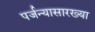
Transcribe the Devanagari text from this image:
पर्जन्यासारख्या